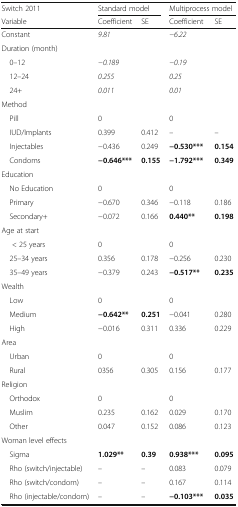
<table><thead><tr><td><b>Switch 2011</b></td><td colspan="2"><b>Standard model</b></td><td colspan="2"><b>Multiprocess model</b></td></tr><tr><td><b>Variable</b></td><td><b>Coefficient</b></td><td><b>SE</b></td><td><b>Coefficient</b></td><td><b>SE</b></td></tr></thead><tbody><tr><td>Constant</td><td colspan="2"><i>9.81</i></td><td colspan="2"><i>−6.22</i></td></tr><tr><td colspan="5">Duration (month)</td></tr><tr><td> 0–12</td><td colspan="2"><i>−0.189</i></td><td colspan="2"><i>−0.19</i></td></tr><tr><td> 12–24</td><td colspan="2"><i>0.255</i></td><td colspan="2"><i>0.25</i></td></tr><tr><td> 24+</td><td colspan="2"><i>0.011</i></td><td colspan="2"><i>0.01</i></td></tr><tr><td colspan="5">Method</td></tr><tr><td> Pill</td><td colspan="2">0</td><td colspan="2">0</td></tr><tr><td> IUD/Implants</td><td>0.399</td><td>0.412</td><td>–</td><td>–</td></tr><tr><td> Injectables</td><td>−0.436</td><td>0.249</td><td><b>−0.530***</b></td><td><b>0.154</b></td></tr><tr><td> Condoms</td><td><b>−0.646***</b></td><td><b>0.155</b></td><td><b>−1.792***</b></td><td><b>0.349</b></td></tr><tr><td colspan="5">Education</td></tr><tr><td> No Education</td><td colspan="2">0</td><td colspan="2">0</td></tr><tr><td> Primary</td><td>−0.670</td><td>0.346</td><td>−0.118</td><td>0.186</td></tr><tr><td> Secondary+</td><td>−0.072</td><td>0.166</td><td><b>0.440**</b></td><td><b>0.198</b></td></tr><tr><td colspan="5">Age at start</td></tr><tr><td>&lt; 25 years</td><td colspan="2">0</td><td colspan="2">0</td></tr><tr><td> 25–34 years</td><td>0.356</td><td>0.178</td><td>−0.256</td><td>0.230</td></tr><tr><td> 35–49 years</td><td>−0.379</td><td>0.243</td><td><b>−0.517**</b></td><td><b>0.235</b></td></tr><tr><td colspan="5">Wealth</td></tr><tr><td> Low</td><td colspan="2">0</td><td colspan="2">0</td></tr><tr><td> Medium</td><td><b>−0.642**</b></td><td><b>0.251</b></td><td>−0.041</td><td>0.280</td></tr><tr><td> High</td><td>−0.016</td><td>0.311</td><td>0.336</td><td>0.229</td></tr><tr><td colspan="5">Area</td></tr><tr><td> Urban</td><td colspan="2">0</td><td colspan="2">0</td></tr><tr><td> Rural</td><td>0356</td><td>0.305</td><td>0.156</td><td>0.177</td></tr><tr><td colspan="5">Religion</td></tr><tr><td> Orthodox</td><td colspan="2">0</td><td colspan="2">0</td></tr><tr><td> Muslim</td><td>0.235</td><td>0.162</td><td>0.029</td><td>0.170</td></tr><tr><td> Other</td><td>0.047</td><td>0.152</td><td>0.086</td><td>0.123</td></tr><tr><td colspan="5">Woman level effects</td></tr><tr><td> Sigma</td><td><b>1.029**</b></td><td><b>0.39</b></td><td><b>0.938***</b></td><td><b>0.095</b></td></tr><tr><td> Rho (switch/injectable)</td><td>–</td><td>–</td><td>0.083</td><td>0.079</td></tr><tr><td> Rho (switch/condom)</td><td>–</td><td>–</td><td>0.167</td><td>0.114</td></tr><tr><td> Rho (injectable/condom)</td><td>–</td><td>–</td><td><b>−0.103***</b></td><td><b>0.035</b></td></tr></tbody></table>